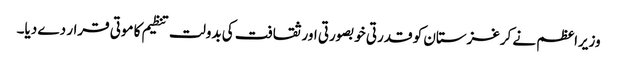
وزیراعظم نے کرغزستان کو قدرتی خوبصورتی اور ثقافت کی بدولت تنظیم کا موتی قرار دے دیا۔